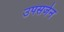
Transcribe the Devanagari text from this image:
उपसर्जन